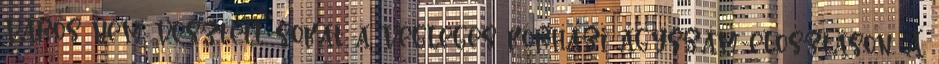
város nem vesztett sokat a végleges kórházi ágyszám-elosztáson. A